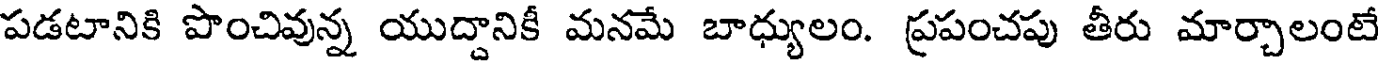
పడటానికి పొంచివున్న యుద్దానికీ మనమే బాధ్యులం. ప్రపంచపు తీరు మార్చాలంటే